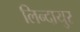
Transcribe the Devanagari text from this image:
लिन्दायुर